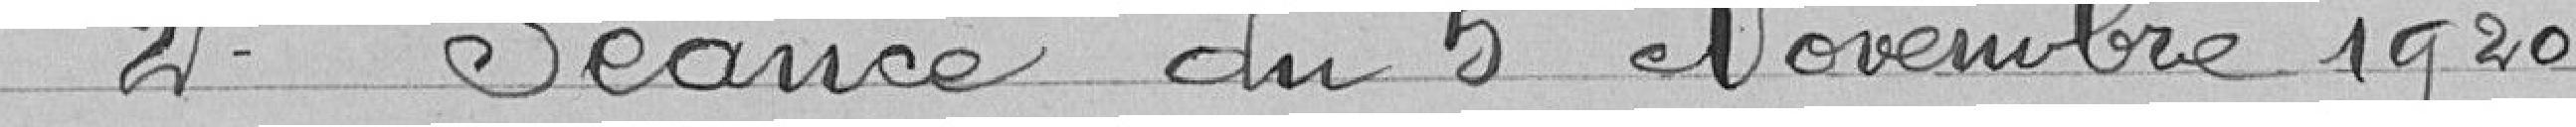
------------ 2° Séance du 5 Novembre 1920 -------------